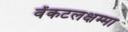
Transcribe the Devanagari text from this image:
वेंकटलक्षम्मा